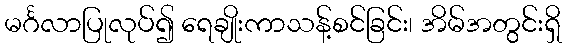
မင်္ဂလာပြုလုပ်၍ ရေချိုးကာသန့်စင်ခြင်း၊ အိမ်အတွင်းရှိ